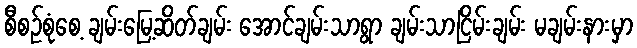
စီစဉ်စုံစေ့ ချမ်းမြေ့ဆိတ်ချမ်း အောင်ချမ်းသာရွာ ချမ်းသာငြိမ်းချမ်း မချမ်းနားမှာ